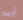
أريد